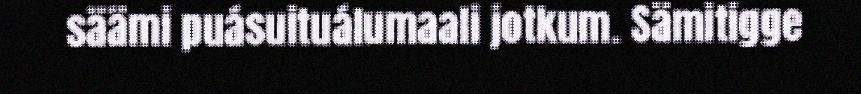
säämi puásuituálumaali jotkum. Sämitigge